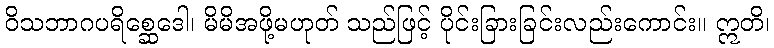
ဝိသဘာဂပရိစ္ဆေဒေါ၊ မိမိအဖို့မဟုတ် သည်ဖြင့် ပိုင်းခြားခြင်းလည်းကောင်း။ ဣတိ၊